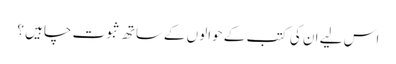
اس لیے ان کی کتب کے حوالوں کےساتھ ثبوت چاہیں ؟